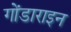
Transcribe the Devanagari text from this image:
गोंडाराइन